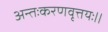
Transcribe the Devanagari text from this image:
अन्तःकरणवृत्तयः॥